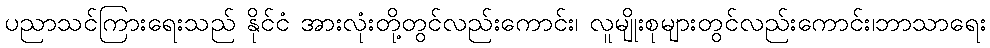
ပညာသင်ကြားရေးသည် နိုင်ငံ အားလုံးတို့တွင်လည်းကောင်း၊ လူမျိုးစုများတွင်လည်းကောင်း၊ဘာသာရေး